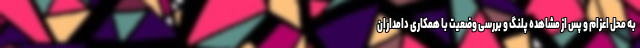
به محل اعزام و پس از مشاهده پلنگ و بررسی وضعیت با همکاری دامداران